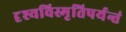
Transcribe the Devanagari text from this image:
दृश्यविस्मृतिपर्यन्तं